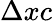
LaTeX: \Delta xc